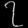
Digit: ၇